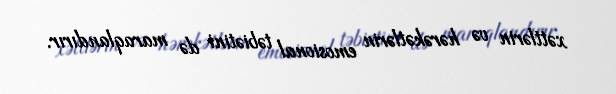
xəttlərin və hərəkətlərin emosional təbiətini də maraqlandırır.